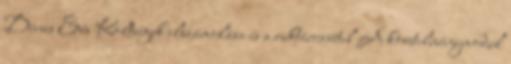
Dénes Éva Költségek elszámolása és a raktárravétel A követelménymodul